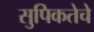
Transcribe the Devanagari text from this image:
सुपिकतेचे